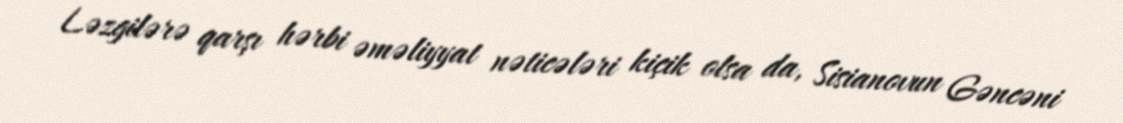
Ləzgilərə qarşı hərbi əməliyyat nəticələri kiçik olsa da, Sisianovun Gəncəni